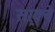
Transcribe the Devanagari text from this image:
साक्बे